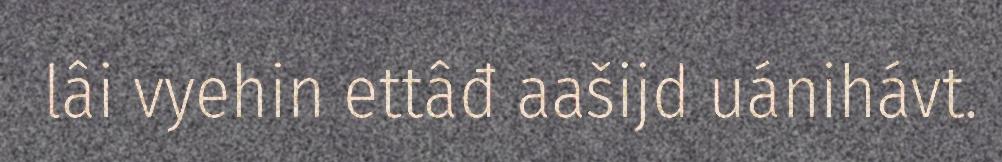
lâi vyehin ettâđ aašijd uánihávt.